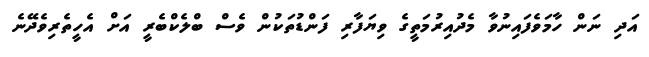
އަދި ނަން ހާމަވެފައިނުވާ މެދުއިރުމަތީގެ ވިޔަފާރި ފަންޑުތަކުން ވެސް ބްލެކްބެރީ އަށް އެހީތެރިވެދޭނެ